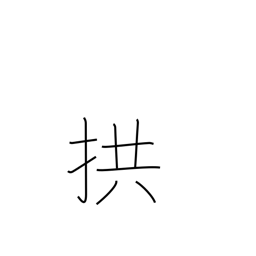
Meaning: fold arms